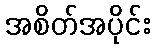
အစိတ်အပိုင်း